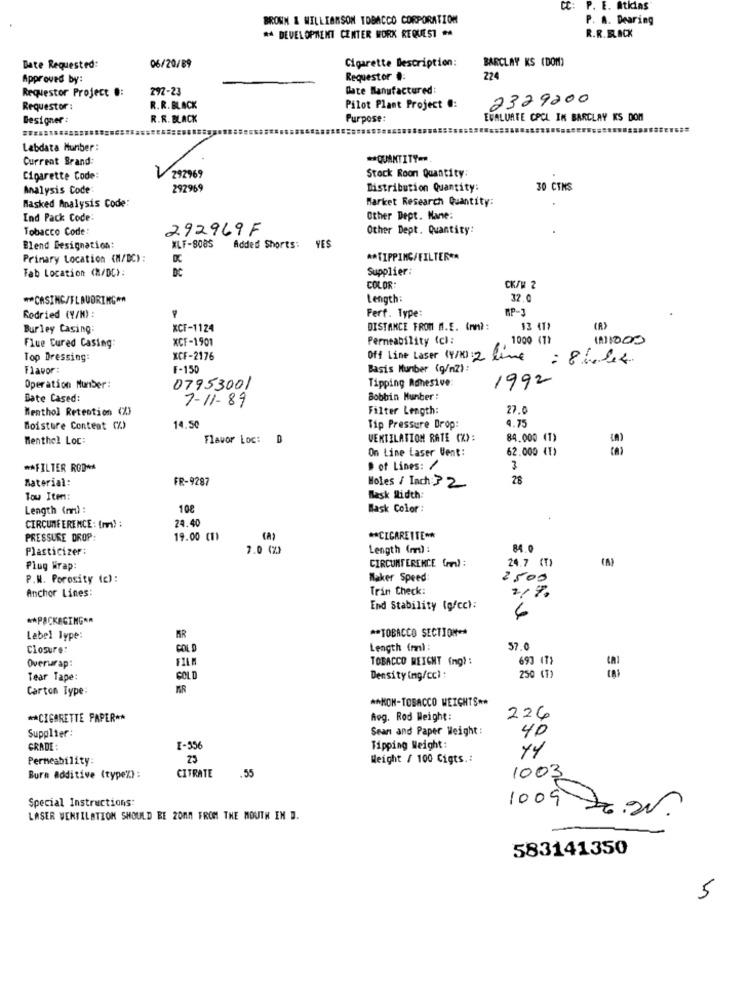
CC:
P. E. Atkins
BROWN & WILLIAMSON TOBACCO CORPORATION
P. A. Dearing
R.R.BLACK
** DEVELOPMENT CENTER WORK REQUEST .
Cigarette Description:
Date Requested:
06/20/89
BARCLAY KS (DOM)
Approved by:
Requestor #:
224
Requestor Project .:
297-23
Date Manufactured:
2329200
Requestor :
R.R. BLACK
Pilot Plant Project #:
Designer :
R.R. BLACK
Purpose:
EVALUATE CPCL IK BARCLAY KS DOM
Labdata Humber:
Current Brand:
** QUANTITY =*,
Stock Roon Quantity:
Cigarette Code:
292969
Analysis Code
292969
Distribution Quantity:
30 CINS
Masked Analysis Code:
Market Research Quantity:
End Pack Code:
Other Dept. Mane:
Tobacco Code:
292969F
Other Dept. Quantity:
Blend Designation:
XLF-8085
Added Shorts: YES
Primary Location (M/DC) :
DC
** TIPPING/FILTER **
Fab Location (M/DC):
Supplier:
COLOR
CK/M 2
** CASING/FLAVORING **
Length:
32 C
MP-1
Rodried (Y/M) :
Perf. Type:
Burley Casing:
XCF-1124
DISTANCE FROM M.E. (mn) :
(A)
XCF-1901
Permeability (c):
1000 471
(1)1000
Flue Cured Casing:
Top Dressing:
XCF-2176
Off Line Laser (Y/N) : 2 line
Flavor:
F-150
Basis Number (g/m2):
Tipping Adhesive:
1992
Operation Number:
07953001
Bate Cased:
7-11-89
Bobbin Munber:
Menthol Retention (%)
Filter Length:
27.0
4.75
Moisture Content (%)
14.50
Tip Pressure Drop:
Menthol Loc:
Flavor Loc:
D
VENTILATION RATE (%):
84.000 (1)
On Line Laser Vent:
62.000 (E)
** FILTER ROD **
D of Lines: /
Material:
FR-9287
28
Moles / Inch:32
Tou Item:
Bask Width:
Length (m) :
108
Mask Color :
24.40
CIRCUMFERENCE: (m) :
PRESSURE DROP:
19.00 (1)
(A)
** CIGARETTE **
Plasticizer:
7.0 (%)
Length (m) :
84.0
CIRCUMFERENCE (m) :
Plug Wrap:
24.7 (T)
P.N. Porosity (c) :
Maker Speed:
2500
Anchor Lines:
Trim Check:
2.7
End Stability (g/cc):
6
** PACKAGING **
** TOBACCO SECTION **
Label Type:
BR
Closure:
GOLD
Length (m)
57.0
Overwrap:
TOBACCO WEIGHT (mg):
693 (T>
250 (T)
Tear Tape:
COLD
Density ing/cc) :
Carton Type:
** NON-TOBACCO WEIGHTS **
** CIGARETTE PAPER **
Reg. Rod Weight:
226
Supplier:
Sean and Paper Weight :
40
GRADE :
I-556
Tipping Weight:
Permeability:
23
Weight / 100 Cigts .:
CITRATE
Burn additive (type%):
.55
1003
Special Instructions:
LASER VENTILATION SHOULD BE 20MM FROM THE MOUTH IN D.
1009 2.2.
583141350
5